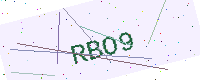
Text: RBO9